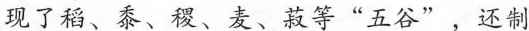
现了稻、黍、稷、麦、菽等”五谷”，还制